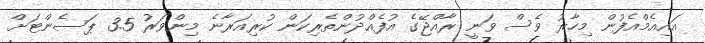
އައިއެމްއެފުން މިހާރު ވެސް ވަނީ ރާއްޖޭގެ އުފެއްދުންތެރިކަން ކުރިއަރާނެ މިންވަރު 3.5 ޕަސެންޓަށް